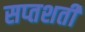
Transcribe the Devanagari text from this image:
सप्‍तशती